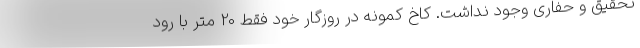
تحقیق و حفاری وجود نداشت. کاخ کمونه در روزگار خود فقط 20 متر با رود